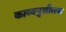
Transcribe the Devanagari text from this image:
काव्यनुशीलक